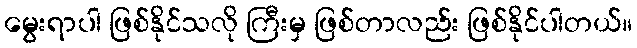
မွေးရာပါ ဖြစ်နိုင်သလို ကြီးမှ ဖြစ်တာလည်း ဖြစ်နိုင်ပါတယ်။